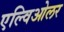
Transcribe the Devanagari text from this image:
एल्विओलर